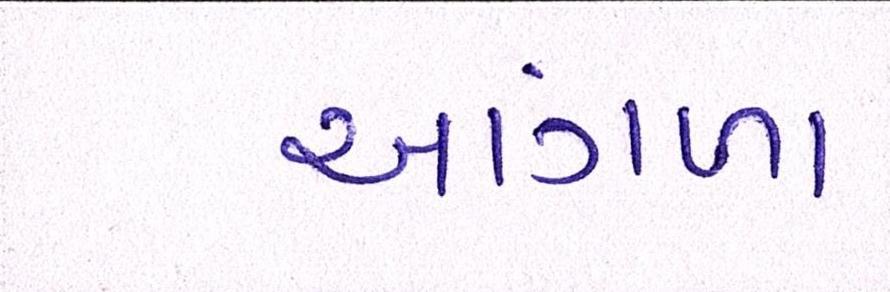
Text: આંગળા